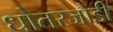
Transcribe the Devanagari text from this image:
धोतरजोडी